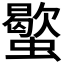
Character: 𧓃